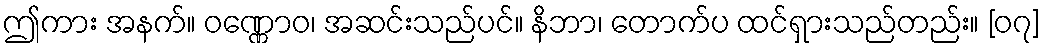
ဤကား အနက်။ ဝဏ္ဏောဝ၊ အဆင်းသည်ပင်။ နိဘာ၊ တောက်ပ ထင်ရှားသည်တည်း။ [၀၇]